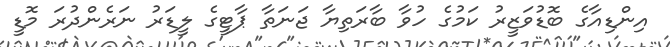
އިންޑިއާގެ ބޮޑުވަޒީރު ކަމުގެ ހުވާ ބާރަތިޔާ ޖަނަތާ ޕާޓީގެ ލީޑަރު ނަރެންދުރަ މޮޑީ